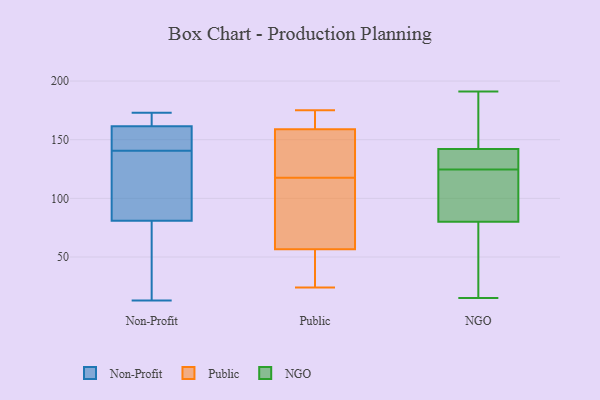
{"axis": {"x": "Backlog", "y": "Value"}, "legend": ["NGO", "Non-Profit", "Public"], "data": [{"x": "", "y": 169, "type": "Non-Profit"}, {"x": "", "y": 173, "type": "Non-Profit"}, {"x": "", "y": 134, "type": "Non-Profit"}, {"x": "", "y": 159, "type": "Non-Profit"}, {"x": "", "y": 102, "type": "Non-Profit"}, {"x": "", "y": 151, "type": "Non-Profit"}, {"x": "", "y": 15, "type": "Non-Profit"}, {"x": "", "y": 155, "type": "Non-Profit"}, {"x": "", "y": 86, "type": "Non-Profit"}, {"x": "", "y": 13, "type": "Non-Profit"}, {"x": "", "y": 51, "type": "Non-Profit"}, {"x": "", "y": 168, "type": "Non-Profit"}, {"x": "", "y": 164, "type": "Non-Profit"}, {"x": "", "y": 147, "type": "Non-Profit"}, {"x": "", "y": 76, "type": "Non-Profit"}, {"x": "", "y": 102, "type": "Non-Profit"}, {"x": "", "y": 121, "type": "Public"}, {"x": "", "y": 163, "type": "Public"}, {"x": "", "y": 173, "type": "Public"}, {"x": "", "y": 139, "type": "Public"}, {"x": "", "y": 61, "type": "Public"}, {"x": "", "y": 166, "type": "Public"}, {"x": "", "y": 86, "type": "Public"}, {"x": "", "y": 24, "type": "Public"}, {"x": "", "y": 57, "type": "Public"}, {"x": "", "y": 165, "type": "Public"}, {"x": "", "y": 56, "type": "Public"}, {"x": "", "y": 69, "type": "Public"}, {"x": "", "y": 175, "type": "Public"}, {"x": "", "y": 36, "type": "Public"}, {"x": "", "y": 155, "type": "Public"}, {"x": "", "y": 136, "type": "Public"}, {"x": "", "y": 114, "type": "Public"}, {"x": "", "y": 41, "type": "Public"}, {"x": "", "y": 153, "type": "Public"}, {"x": "", "y": 37, "type": "Public"}, {"x": "", "y": 100, "type": "NGO"}, {"x": "", "y": 142, "type": "NGO"}, {"x": "", "y": 78, "type": "NGO"}, {"x": "", "y": 119, "type": "NGO"}, {"x": "", "y": 80, "type": "NGO"}, {"x": "", "y": 138, "type": "NGO"}, {"x": "", "y": 15, "type": "NGO"}, {"x": "", "y": 130, "type": "NGO"}, {"x": "", "y": 191, "type": "NGO"}, {"x": "", "y": 158, "type": "NGO"}]}